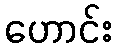
ဟောင်း